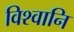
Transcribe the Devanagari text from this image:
विश्वानि